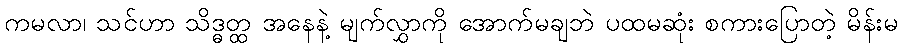
ကမလာ၊ သင်ဟာ သိဒ္ဓတ္ထ အနေနဲ့ မျက်လွှာကို အောက်မချဘဲ ပထမဆုံး စကားပြောတဲ့ မိန်းမ